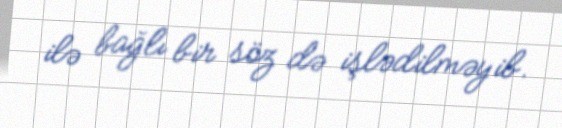
ilə bağlı bir söz də işlədilməyib.